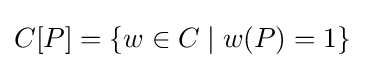
C[P]=\{w\in C\mid w(P)=1\}